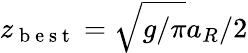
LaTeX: z_{\mathrm{~b~e~s~t~}}=\sqrt{g/\pi}a_{R}/2